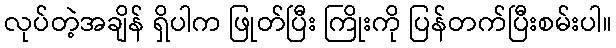
လုပ်တဲ့အချိန် ရှိပါက ဖြုတ်ပြီး ကြိုးကို ပြန်တက်ပြီးစမ်းပါ။